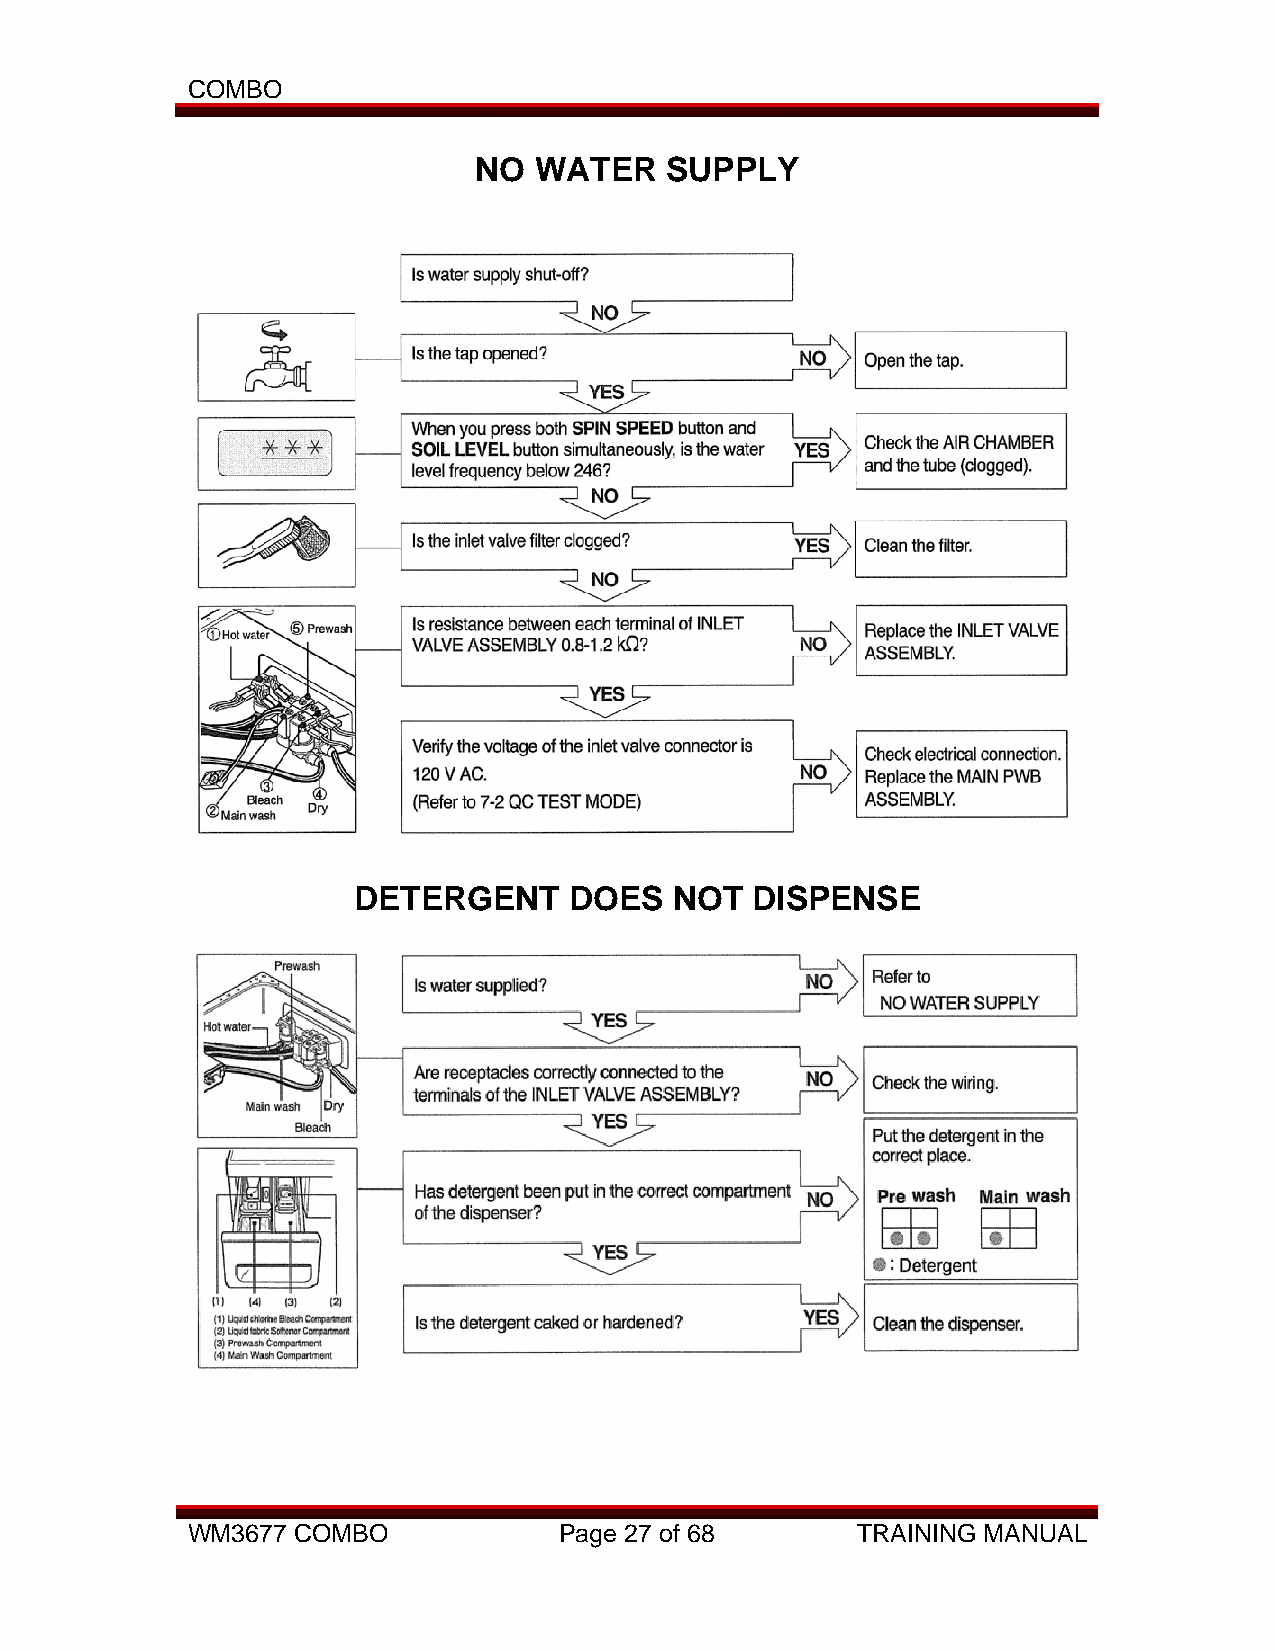
COMBO
 NO  WATER    SUPPLY
 DETERGENT      DOES   NOT  DISPENSE
 WM3677 COMBO             Page 27 of 68       TRAINING MANUAL